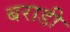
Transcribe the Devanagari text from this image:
बराडी